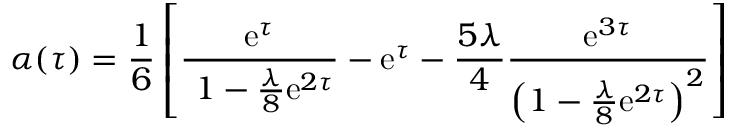
\alpha ( \tau ) = { \frac { 1 } { 6 } } \left[ { \frac { \mathrm { e } ^ { \tau } } { \ 1 - { \frac { \lambda } { 8 } } \mathrm { e } ^ { 2 \tau } } } - \mathrm { e } ^ { \tau } - { \frac { 5 \lambda } { 4 } } { \frac { \mathrm { e } ^ { 3 \tau } } { \left( 1 - { \frac { \lambda } { 8 } } \mathrm { e } ^ { 2 \tau } \right) ^ { 2 } } } \right]